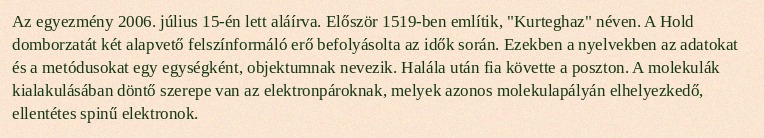
Az egyezmény 2006. július 15-én lett aláírva. Először 1519-ben említik, "Kurteghaz" néven. A Hold domborzatát két alapvető felszínformáló erő befolyásolta az idők során. Ezekben a nyelvekben az adatokat és a metódusokat egy egységként, objektumnak nevezik. Halála után fia követte a poszton. A molekulák kialakulásában döntő szerepe van az elektronpároknak, melyek azonos molekulapályán elhelyezkedő, ellentétes spinű elektronok.